Leaving Certificate Examination, 1914
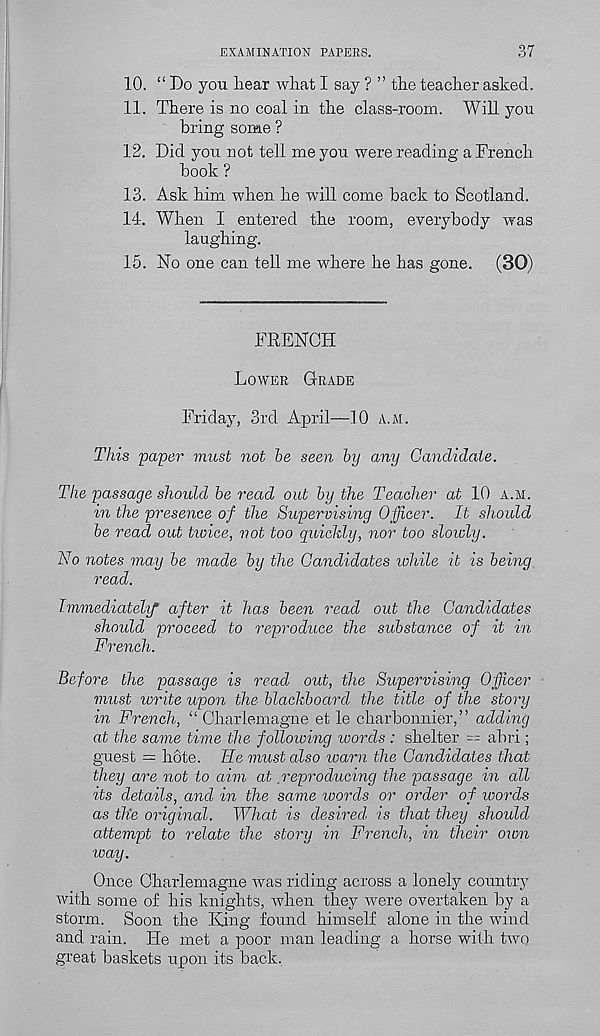
EXAMINATION PAPERS.
37
10. “ Bo you hear what I say ? ” the teacher asked.
11. There is no coal in the class-room. Will you
bring some ?
12. Did you not tell me you were reading a French
book ?
13. Ask him when he will come back to Scotland.
14. When I entered the room, everybody was
laughing.
15. No one can tell me where he has gone. (30)
FRENCH
Lower Grade
Friday, 3rd April—10 a.m.
This paper must not he seen by any Candidate.
The passage should he read out by the Teacher at 10 a.m.
in the presence of the Supervising Officer. It should
be read out tioice, not too quickly, nor too slowly.
No notes may be made by the Candidates while it is being
read.
Immediately after it has been read out the Candidates
should proceed to reproduce the substance of it in
French.
Before the passage is read out, the Supervising Officer
must write upon the blackboard the title of the story
in French, “ Charlemagne et le charbonnier, ” adding
at the same time the following words : shelter == abri ;
guest — bote. He must also warn the Candidates that
they are not to aim at reproducing the passage in all
its details, and in the same ivords or order of words
as the original. What is desired, is that they should,
attempt to relate the story in French, in their own
way.
Once Charlemagne was riding across a lonely country
with some of his knights, when they were overtaken by a
storm. Soon the Ring found himself alone in the wind
and rain. He met a poor man leading a horse with two
great baskets upon its back.